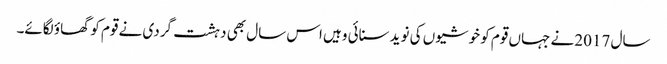
سال 2017 نے جہاں قوم کو خوشیوں کی نوید سنائی وہیں اس سال بھی دہشت گردی نے قوم کو گھاؤ لگائے۔